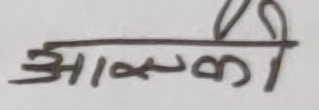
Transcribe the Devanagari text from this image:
आम्की